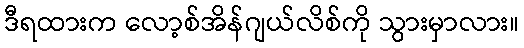
ဒီရထားက လော့စ်အိန်ဂျယ်လိစ်ကို သွားမှာလား။